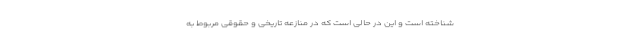
شناخته است و این در حالی است که در منازعه تاریخی و حقوقی مربوط به